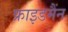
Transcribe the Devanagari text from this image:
फ्राइडमैंन